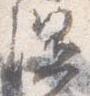
湿